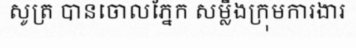
សូត្រ បានចោលភ្នែក សម្លឹងក្រុមការងារ